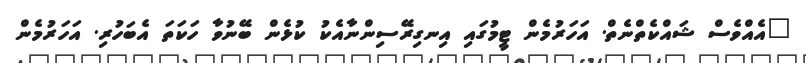
"އެއްވެސް ޝައްކެތްނެތް. އަހަރުމެން ޓީމުގައި އިނގިރޭސިންނާއެކު ކުޅެން ބޭނުވާ ހަކަތަ އެބަހުރި. އަހަރުމެން